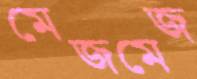
মেজমেজ